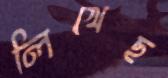
লিখেছ